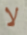
لا